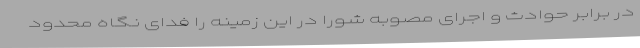
در برابر حوادث و اجرای مصوبه شورا در این زمینه را فدای نگاه محدود